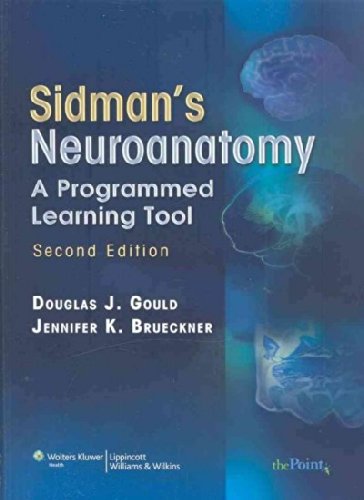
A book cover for Sidman's Neuroanatomy: A Programmed Learning Tool; Douglas J., Ph.D. / Brueckner, Jennifer K., Ph.D. Gould; Medical Books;